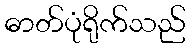
ဓာတ်ပုံရိုက်သည်